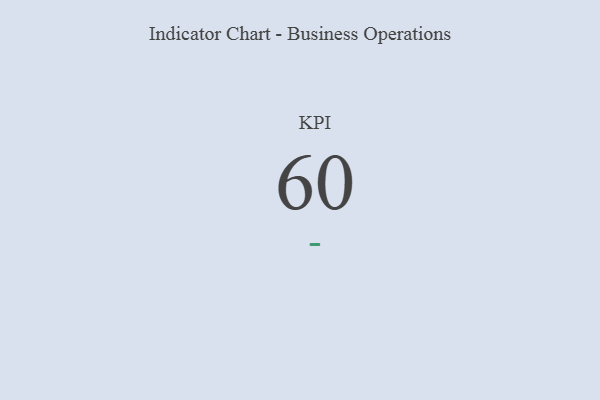
{"axis": {"x": "KPI", "y": "Value"}, "legend": [""], "data": [{"x": "KPI", "y": 60, "type": ""}]}